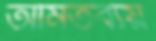
অমিতব্যয়